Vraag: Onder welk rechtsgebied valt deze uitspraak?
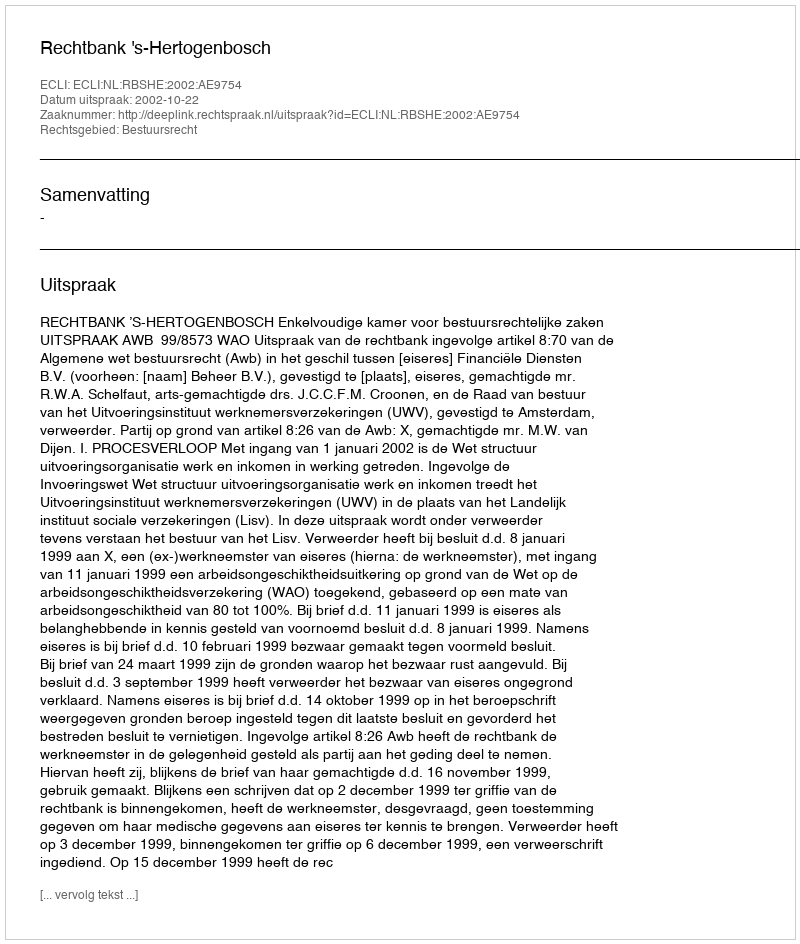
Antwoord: Bestuursrecht